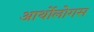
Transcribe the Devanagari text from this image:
आर्थोलोगस